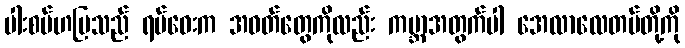
ပါးစပ်ဟပြသည် ရပ်ဝေးက အဝတ်တွေကိုလည်း ကမ္ဘာအတွက်ပါ အေလာလေတပ်တို့ကို